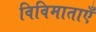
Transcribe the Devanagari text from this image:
विविमाताएँ